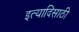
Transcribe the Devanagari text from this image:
इत्यादिसाठी